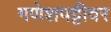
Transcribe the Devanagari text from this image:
गणेशपट्टीवर